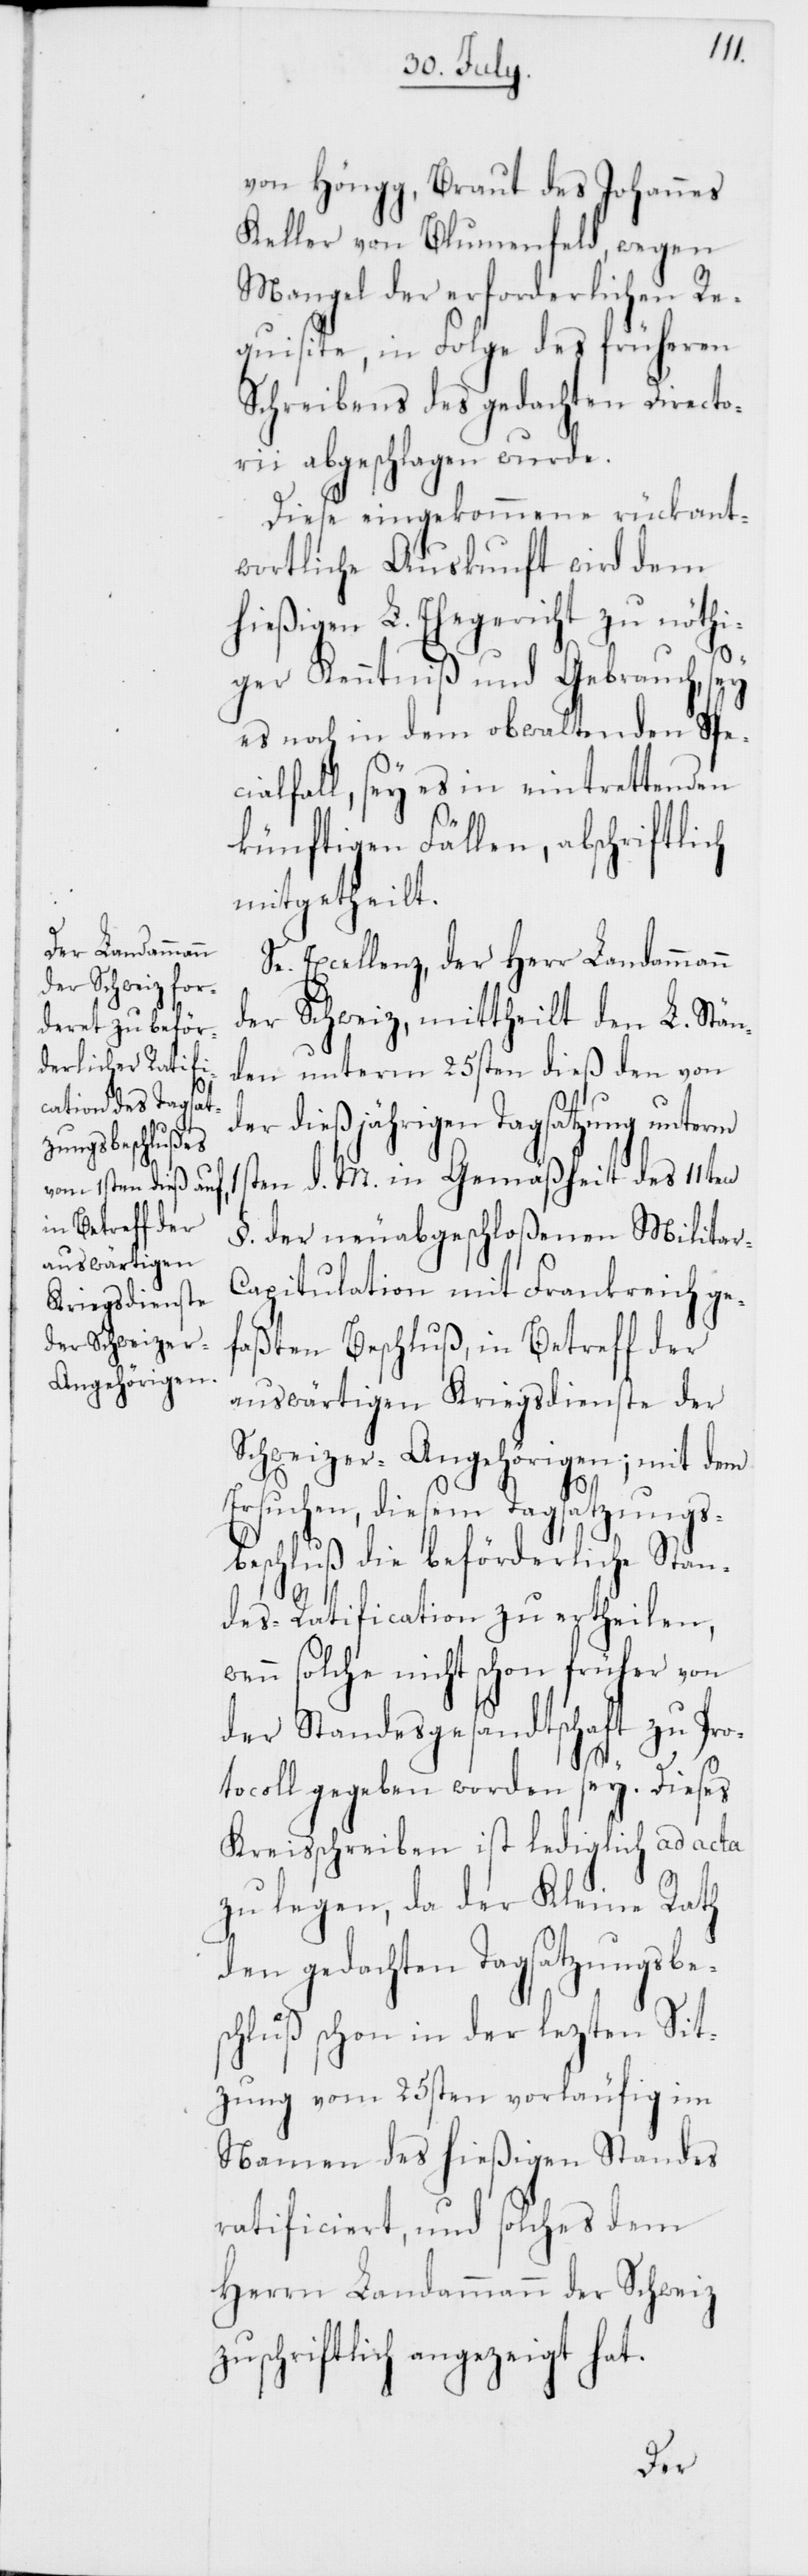
von Höngg, Braut des Johannes
Keller von Blumenfeld, wegen
Mangel der erforderlichen Re¬
quisite, in Folge des früheren
Schreibens des gedachten Director¬
ii abgeschlagen wurde.
Diese eingekommene rückant¬
wortliche Auskunft wird dem
hießigen L. Ehegericht zu nöthi¬
ger Kenntniß und Gebrauch, sey
es noch in dem obwaltenden Spec¬
ialfall, sey es in eintrettenden
künftigen Fällen, abschriftlich
mitgetheilt.
Se. Excellenz, der Herr Landammann
der Schweiz, mittheilt den L. Stän¬
den unterm 25sten dieß den von
der dießjährigen Tagsatzung unterm
ten d. M. in Gemäßheit des 11ten
§. der neuabgeschloßenen Milita¬
apitulation mit Frankreich ge¬
faßten Beschluß, in Betreff der
auswärtigen Kriegsdienste der
Schweizer-Angehörigen; mit dem
Ersuchen, diesem Tagsatzungs¬
beschluß die beförderliche Stan¬
r-C¬
des-Ratification zu ertheilen,
wenn solche nicht schon früher von
der Standesgesandtschaft zu Pro¬
tocoll gegeben worden sey. Dieses
Kreisschreiben ist lediglich ad acta
zu legen, da der Kleine Rath
den gedachten Tagsatzungsbe¬
schluß schon in der lezten Sit¬
zung vom 25sten vorläufig im
Namen des hießigen Standes
ratificiert, und solches dem
Herrn Landammann der Schweiz
zuschriftlich angezeigt hat.